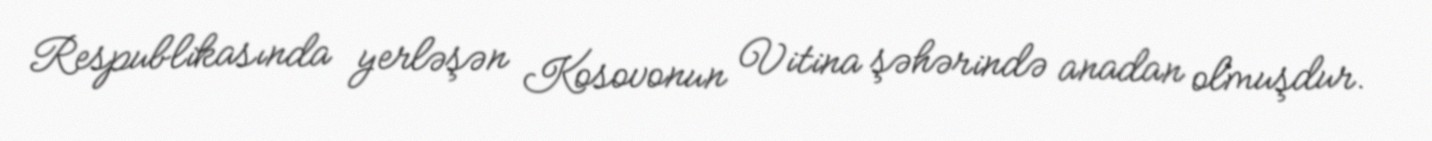
Respublikasında yerləşən Kosovonun Vitina şəhərində anadan olmuşdur.